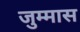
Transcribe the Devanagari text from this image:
जुम्मास